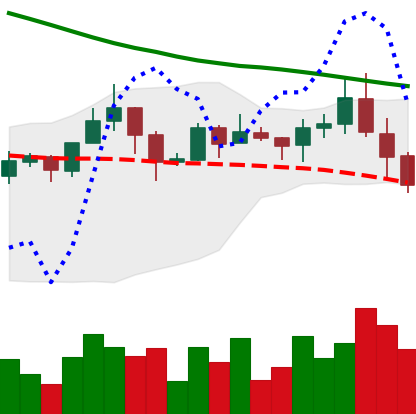
Ticker: ADA-USD
Chart end date: 2019-11-20
Forward return: -12.458%
Label: down_7plus